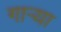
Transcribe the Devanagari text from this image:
गाऱ्या